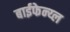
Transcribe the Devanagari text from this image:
बाईफेन्य्ल